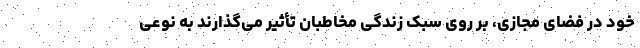
خود در فضای مجازی، بر روی سبک زندگی مخاطبان تأثیر می‌گذارند به نوعی